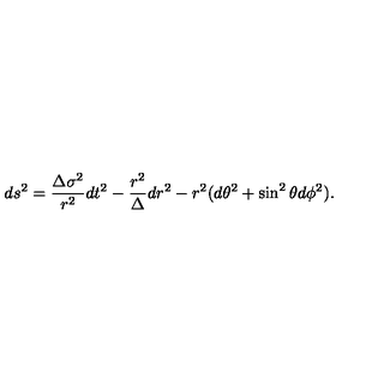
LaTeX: d s ^ { 2 } = \frac { \Delta \sigma ^ { 2 } } { r ^ { 2 } } d t ^ { 2 } - \frac { r ^ { 2 } } { \Delta } d r ^ { 2 } - r ^ { 2 } ( d \theta ^ { 2 } + \sin ^ { 2 } \theta d \phi ^ { 2 } ) .